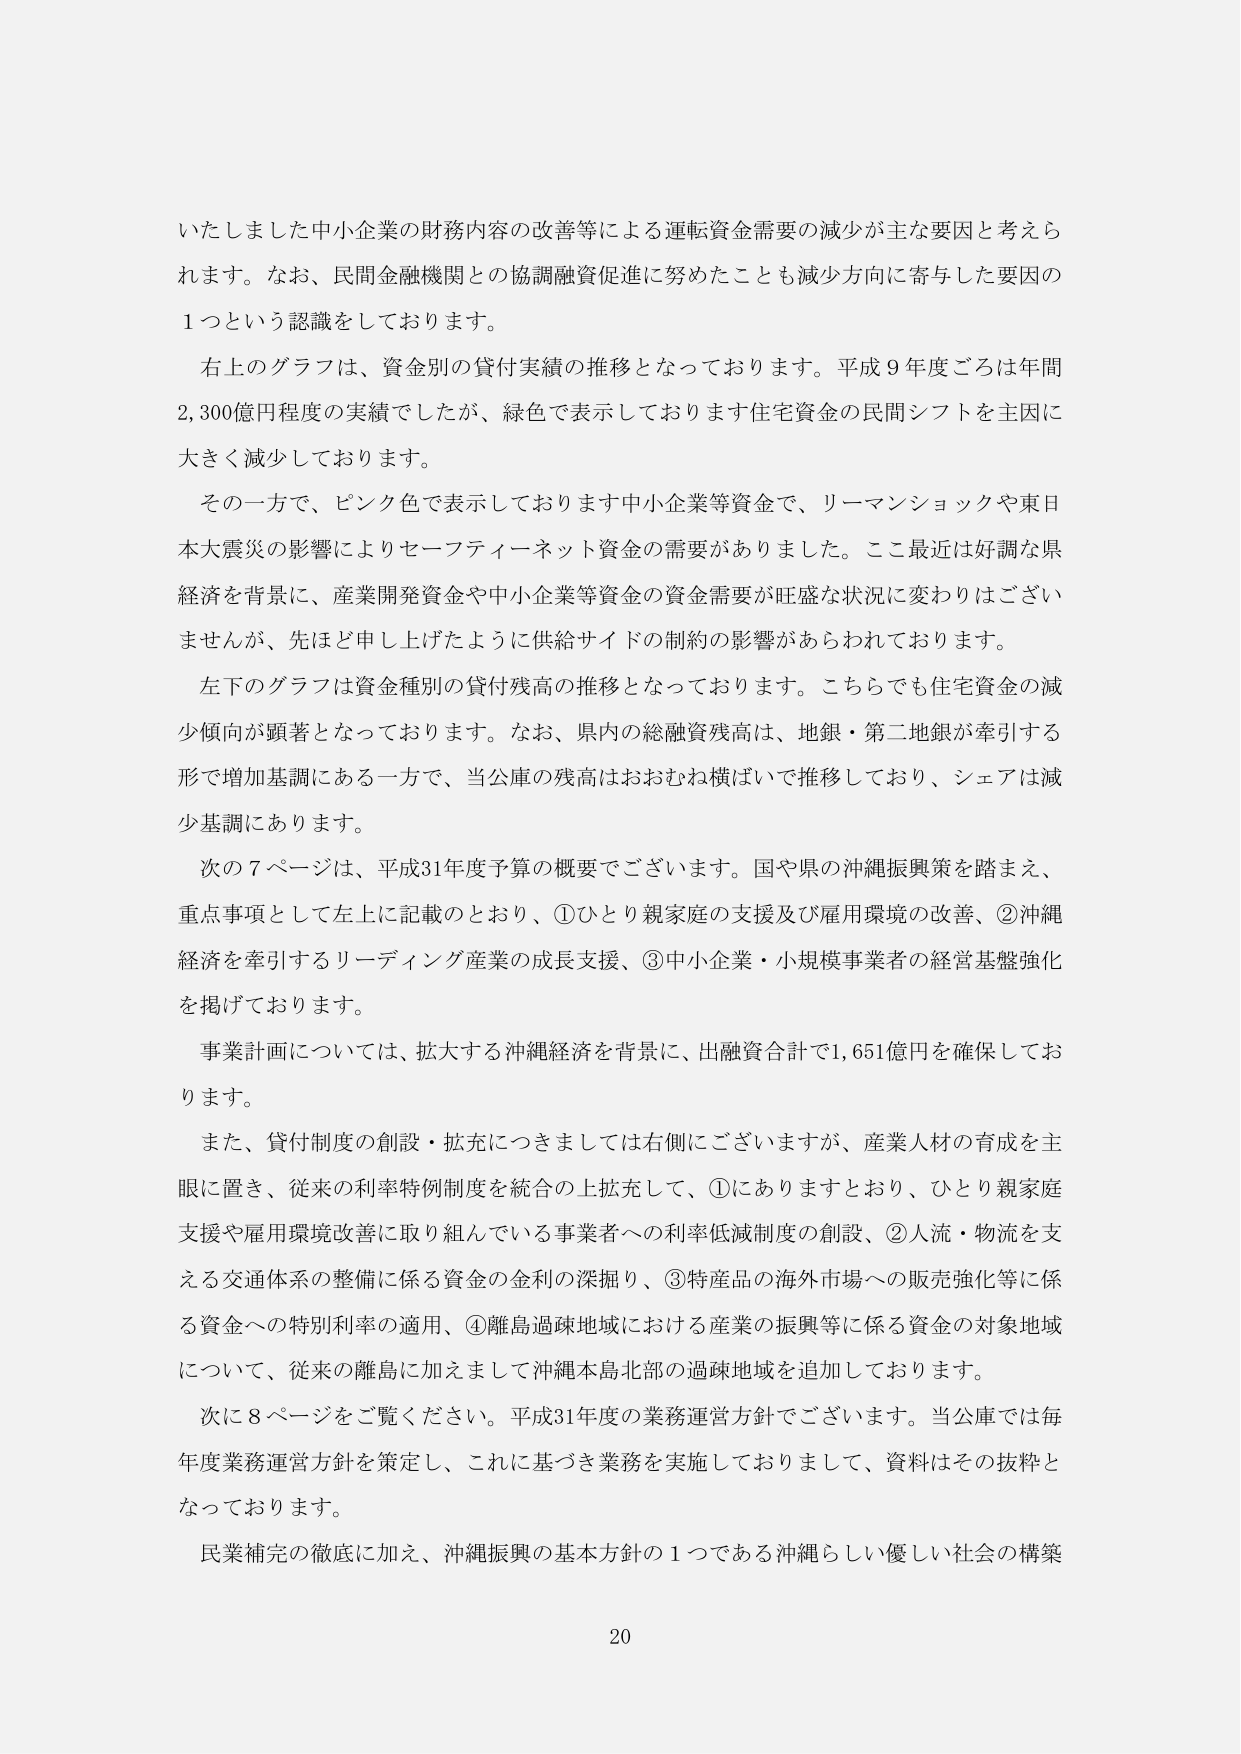
いたしました中小企業の財務内容の改善等による運転資金需要の減少が主な要因と考えられます。なお、民間金融機関との協調融資促進に努めたことも減少方向に寄与した要因の1つという認識をしております。

右上のグラフは、資金別の貸付実績の推移となっております。平成9年度ごろは年間2,300億円程度の実績でしたが、緑色で表示しております住宅資金の民間シフトを主因に大きく減少しております。

その一方で、ピンク色で表示しております中小企業等資金で、リーマンショックや東日本大震災の影響によりセーフティーネット資金の需要がありました。ここ最近は好調な県経済を背景に、産業開発資金や中小企業等資金の資金需要が旺盛な状況に変わりはございませんが、先ほど申し上げたように供給サイドの制約の影響があらわれております。

左下のグラフは資金種別の貸付残高の推移となっております。こちらでも住宅資金の減少傾向が顕著となっております。なお、県内の総融資残高は、地銀・第二地銀が牽引する形で増加基調にある一方で、当公庫の残高はおおむね横ばいで推移しており、シェアは減少基調にあります。

次の7ページは、平成31年度予算の概要でございます。国や県の沖縄振興策を踏まえ、重点事項として左上に記載のとおり、①ひとり親家庭の支援及び雇用環境の改善、②沖縄経済を牽引するリーディング産業の成長支援、③中小企業・小規模事業者の経営基盤強化を掲げております。

事業計画については、拡大する沖縄経済を背景に、出融資合計で1,651億円を確保しております。

また、貸付制度の創設・拡充につきましては右側にございますが、産業人材の育成を主眼に置き、従来の利率特例制度を統合の上拡充して、①にありますとおり、ひとり親家庭支援や雇用環境改善に取り組んでいる事業者への利率低減制度の創設、②人流・物流を支える交通体系の整備に係る資金の金利の深掘り、③特産品の海外市場への販売強化等に係る資金への特別利率の適用、④離島過疎地域における産業の振興等に係る資金の対象地域について、従来の離島に加えまして沖縄本島北部の過疎地域を追加しております。

次に8ページをご覧ください。平成31年度の業務運営方針でございます。当公庫では毎年度業務運営方針を策定し、これに基づき業務を実施しておりまして、資料はその抜粋となっております。

民業補完の徹底に加え、沖縄振興の基本方針の1つである沖縄らしい優しい社会の構築

20